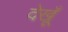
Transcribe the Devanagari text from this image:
देखूँ